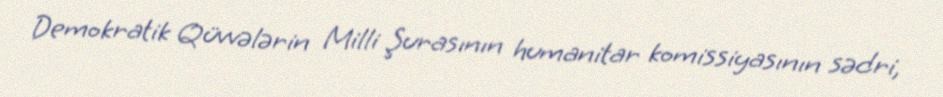
Demokratik Qüvvələrin Milli Şurasının humanitar komissiyasının sədri,